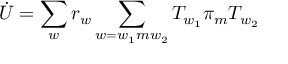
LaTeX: \dot { U } = \sum _ { w } r _ { w } \sum _ { w = w _ { 1 } m w _ { 2 } } T _ { w _ { 1 } } \pi _ { m } T _ { w _ { 2 } }